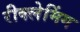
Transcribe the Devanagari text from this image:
रीक्लेमिंग